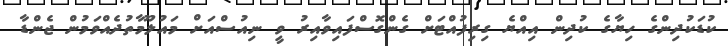
ކުޑަކުދިންގެ ހިޔާގެ ކުދިން އިއްޔެ ގިރިފުއްޓަށް ގެންގޮސްފައިވާއިރު ވީ ނިއުސްއަށް މައުލޫމާތުދެއްވަމުން ޖެންޑާ